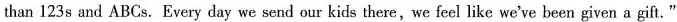
than 123 s and ABCs. Every day we send our kids there,we feel like we've been given a gift."